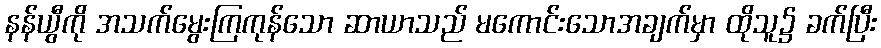
နန်ယွီကို အသက်မွေးကြကုန်သော ဆာယာသည် မကောင်းသောအချက်မှာ ထိုသူ၌ ခက်ပြီး